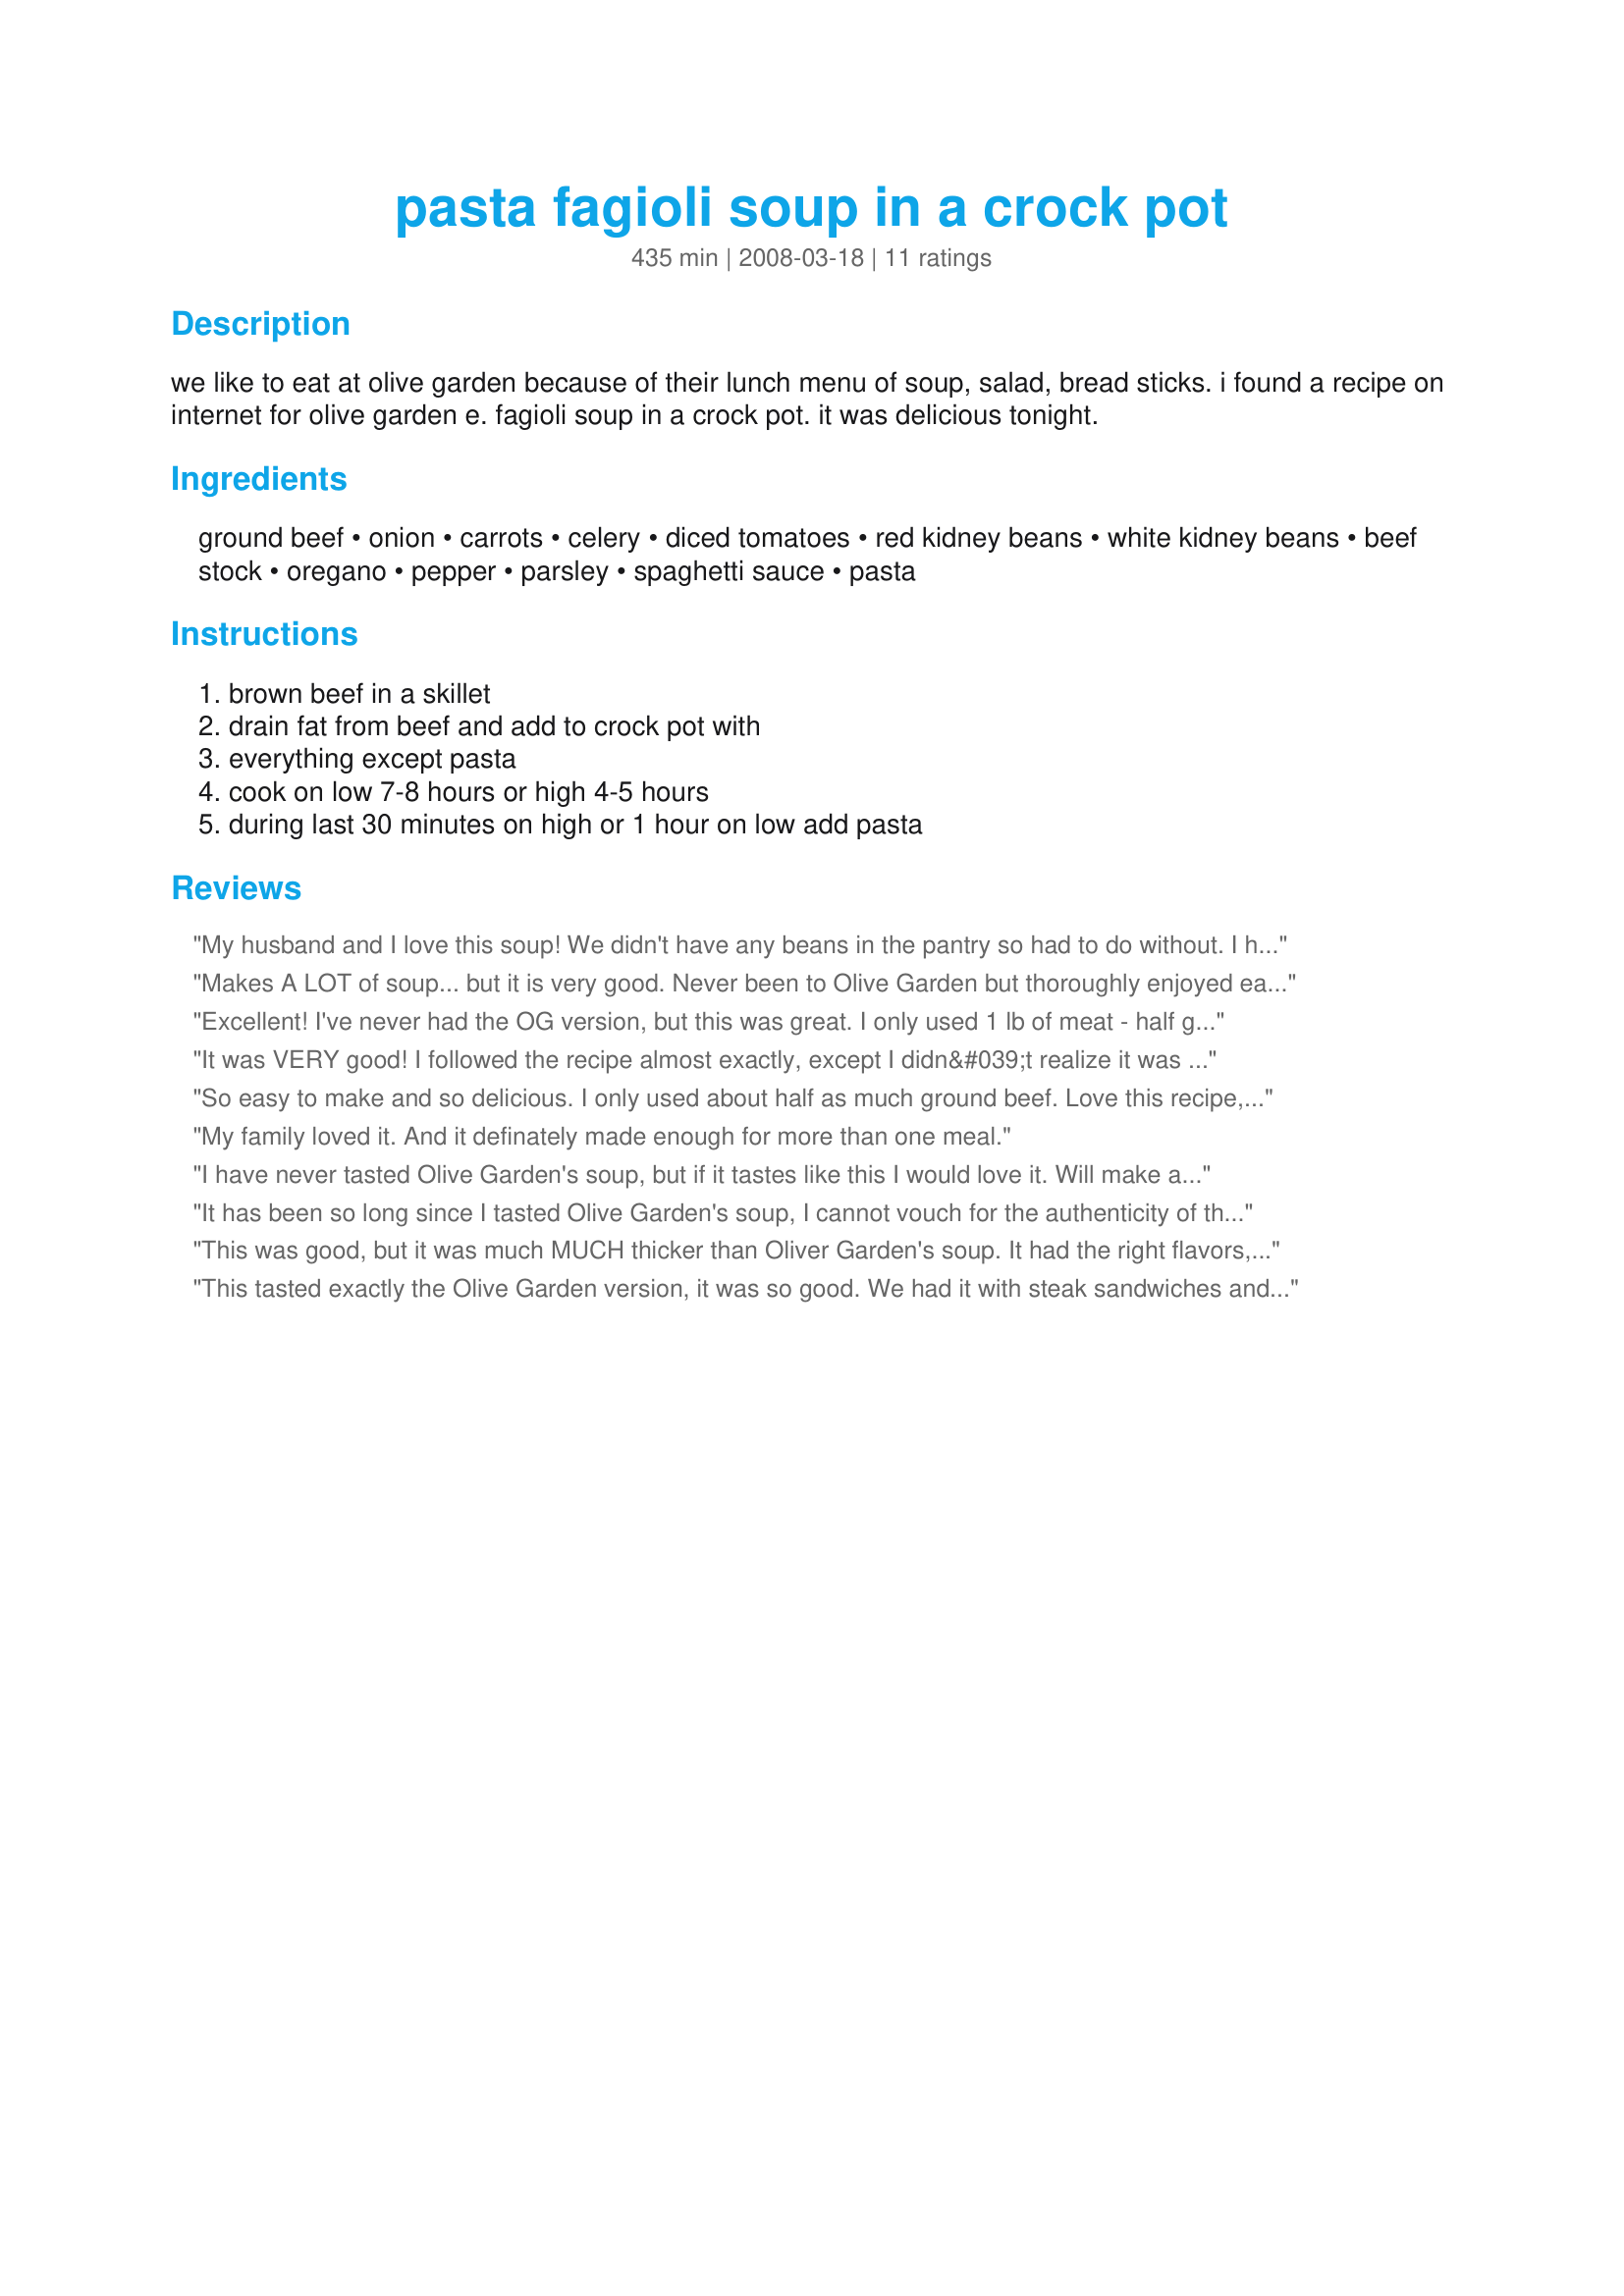
pasta fagioli soup in a crock pot
Preparation time: 435 minutes

we like to eat at olive garden because of their lunch menu of soup, salad, bread sticks. i found a recipe on internet for olive garden e. fagioli soup in a crock pot. it was delicious tonight.

Ingredients:
ground beef, onion, carrots, celery, diced tomatoes, red kidney beans, white kidney beans, beef stock, oregano, pepper, parsley, spaghetti sauce, pasta

Steps:
brown beef in a skillet, drain fat from beef and add to crock pot with, everything except pasta, cook on low 7-8 hours or high 4-5 hours, during last 30 minutes on high or 1 hour on low add pasta

Reviews:
My husband and I love this soup! We didn't have any beans in the pantry so had to do without. I halved the recipe which still made quite a bit. Thanks for sharing!
Makes A LOT of soup... but it is very good. Never been to Olive Garden but thoroughly enjoyed eating the soup and looking forward to the leftovers. Made no alterations to the recipe.
Excellent! I've never had the OG version, but this was great. I only used 1 lb of meat - half ground beef, half italian sausage, and I used 2 cans of white beans only. This did take a little longer prep time before work than I had anticipated, but it was worth it. Served with some biscuits. Great leftovers, too!
It was VERY good! I followed the recipe almost exactly, except I didn&#039;t realize it was 2 of the large size cans of tomatoes, and I only had the regular size. I found a can of stewed tomatoes and added that with about 1/2 cup of water and it was fine. I also added a good amount of brown sugar because I add it to anything tomato-based. This recipe makes a LOT...it literally filled my big crockpot to the brim. You could easily cut the recipe in half and still have plenty of leftovers for a family. Tastes even better the next day.
So easy to make and so delicious. I only used about half as much ground beef. Love this recipe, definitely becoming a regular meal at our house!
My family loved it. And it definately made enough for more than one meal.
I have never tasted Olive Garden's soup, but if it tastes like this I would love it. Will make again.
It has been so long since I tasted Olive Garden's soup, I cannot vouch for the authenticity of this recipe. I think it tastes great and is very easy to make. This will be a repeat recipe as the nights cool down.
This was good, but it was much MUCH thicker than Oliver Garden's soup. It had the right flavors, but the consistency was wrong. It also made a ton! We froze it, and it came out very well the second time around! Good recipe, but I wouldn't put it right beside Olive Garden's just yet...
This tasted exactly the Olive Garden version, it was so good. We had it with steak sandwiches and it was great. It makes a huge pot of soup, but I am sure the leftovers won't go to waste. Thanks for a great recipe.
Tasty, simple and economical...it made so much that we will be eating leftovers for a while (luckily it was so good that I'm sure we won't mind)! I'm not a big fan of cooked carrots, so I substituted a third can of beans: green pigeon peas. Worked great!
